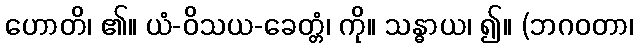
ဟောတိ၊ ၏။ ယံ-ဝိသယ-ခေတ္တံ၊ ကို။ သန္ဓာယ၊ ၍။ (ဘဂဝတာ၊